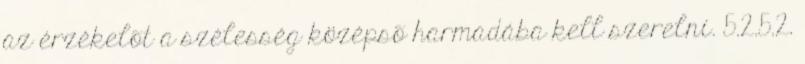
az érzékelõt a szélesség középsõ harmadába kell szerelni. 5.2.5.2.